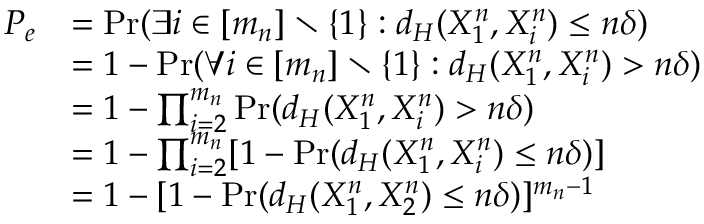
\begin{array} { r l } { P _ { e } } & { = \operatorname* { P r } ( \exists i \in [ m _ { n } ] \setminus \{ 1 \} : d _ { H } ( X _ { 1 } ^ { n } , X _ { i } ^ { n } ) \le n \delta ) } \\ & { = 1 - \operatorname* { P r } ( \forall i \in [ m _ { n } ] \setminus \{ 1 \} : d _ { H } ( X _ { 1 } ^ { n } , X _ { i } ^ { n } ) > n \delta ) } \\ & { = 1 - \prod _ { i = 2 } ^ { m _ { n } } \operatorname* { P r } ( d _ { H } ( X _ { 1 } ^ { n } , X _ { i } ^ { n } ) > n \delta ) } \\ & { = 1 - \prod _ { i = 2 } ^ { m _ { n } } [ 1 - \operatorname* { P r } ( d _ { H } ( X _ { 1 } ^ { n } , X _ { i } ^ { n } ) \le n \delta ) ] } \\ & { = 1 - [ 1 - \operatorname* { P r } ( d _ { H } ( X _ { 1 } ^ { n } , X _ { 2 } ^ { n } ) \le n \delta ) ] ^ { m _ { n } - 1 } } \end{array}